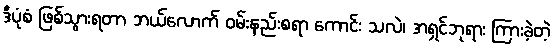
ဒီပုံစံ ဖြစ်သွားရတာ ဘယ်လောက် ဝမ်းနည်းစရာ ကောင်း သလဲ၊ အရှင်ဘုရား ကြားခဲ့တဲ့